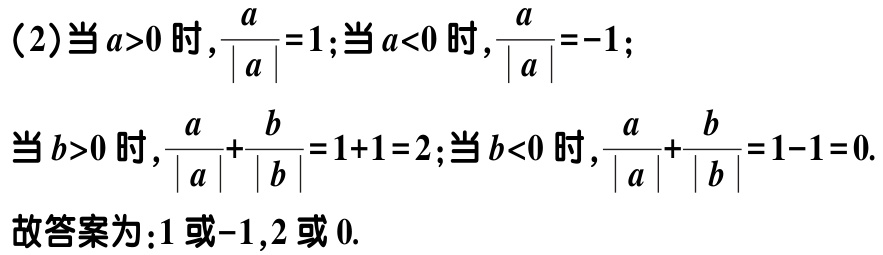
（2）当 \(a > 0\) 时，\(\frac{a}{\vert a\vert}=1\)；当 \(a < 0\) 时，\(\frac{a}{\vert a\vert}=-1\)；
当 \(b > 0\) 时，\(\frac{a}{\vert a\vert}+\frac{b}{\vert b\vert}=1 + 1 = 2\)；当 \(b < 0\) 时，\(\frac{a}{\vert a\vert}+\frac{b}{\vert b\vert}=1 - 1 = 0\).
故答案为：\(1\) 或 \(-1\)，\(2\) 或 \(0\).